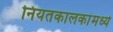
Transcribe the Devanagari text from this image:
नियतकालकांमध्ये